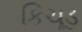
કિચૂડ